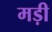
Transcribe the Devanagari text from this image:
मड़ी